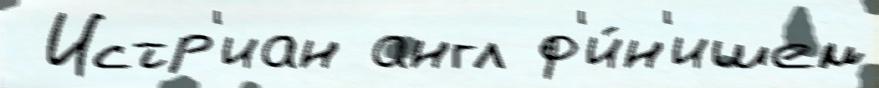
 Истр'иан англ ф'и́н'ишем